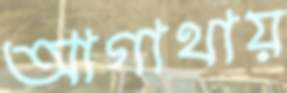
আগাথায়